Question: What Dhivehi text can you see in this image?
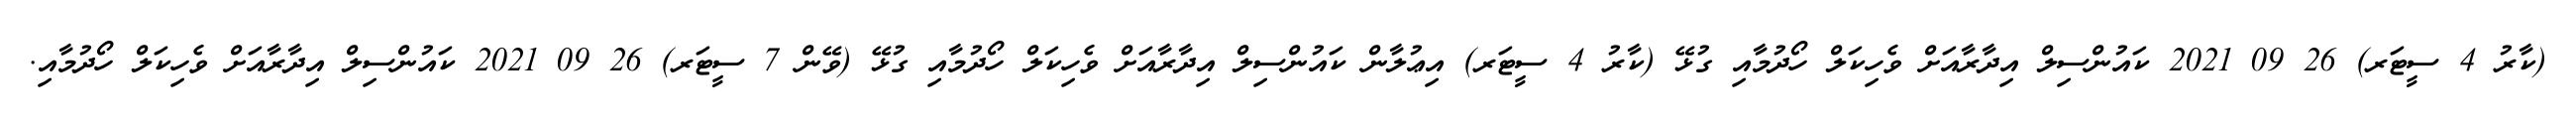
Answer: (ކާރު 4 ސީޓަރ) 26 09 2021 ކައުންސިލް އިދާރާއަށް ވެހިކަލް ހޯދުމާއި ގުޅޭ (ކާރު 4 ސީޓަރ) އިޢުލާން ކައުންސިލް އިދާރާއަށް ވެހިކަލް ހޯދުމާއި ގުޅޭ (ވޭން 7 ސީޓަރ) 26 09 2021 ކައުންސިލް އިދާރާއަށް ވެހިކަލް ހޯދުމާއި.